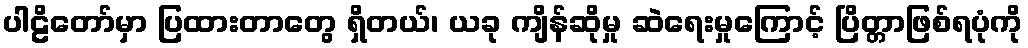
ပါဠိတော်မှာ ပြထားတာတွေ ရှိတယ်၊ ယခု ကျိန်ဆိုမှု ဆဲရေးမှုကြောင့် ပြိတ္တာဖြစ်ရပုံကို